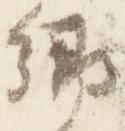
卿